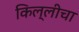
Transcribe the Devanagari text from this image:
किल्लीचा